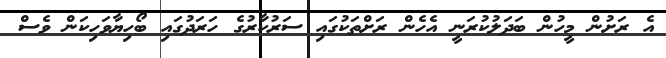
އެ ރަށުން މީހުން ބަދަލުކުރަނީ އެހެން ރަށްތަކުގައި ސަރުކާރުގެ ހަރަދުގައި ބޯހިޔާވަހިކަން ވެސް